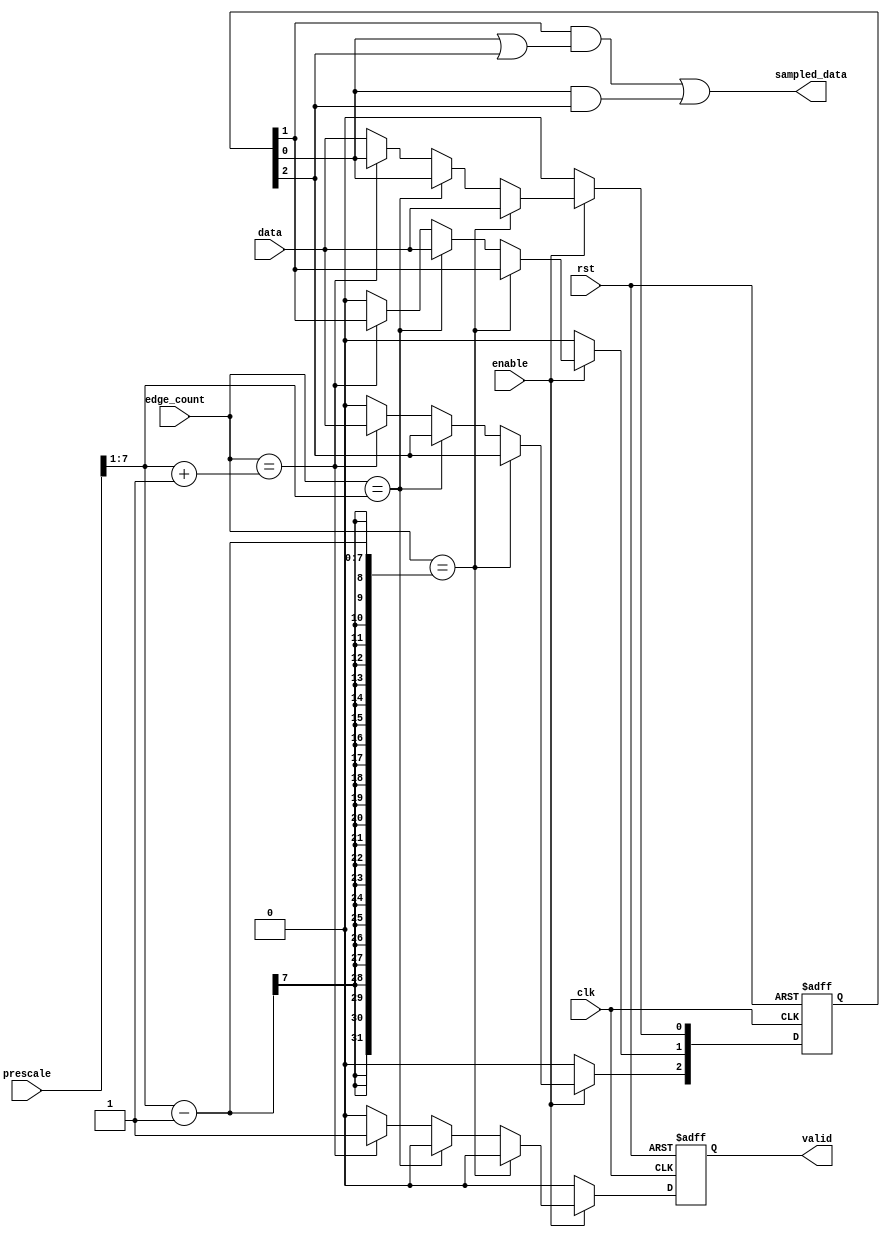
module data_sampling (
    input wire data,
    input wire enable,
    input wire [15:0] edge_count,
    input wire [7:0] prescale,
    input wire clk,
    input wire rst,
    output wire sampled_data,
    output reg valid
);
    reg [2:0] samples;
    wire [7:0] sample_rate;
    assign sample_rate = prescale>>1;
    always @(posedge clk or negedge rst) begin
        if(!rst)begin
            samples <=3'b000;
            valid = 0;
        end
        else if (enable) begin
            if(edge_count == sample_rate - 1)begin
                samples[0] <= data;
                valid = 0;
            end
            else if(edge_count == sample_rate)begin
                samples[1] <= data;
                valid = 0;
            end
            else if(edge_count == sample_rate + 1)begin
                samples[2] <= data;
                valid = 1;
            end
            else begin
                samples <= data;
                valid = 0;
            end
        end
        else begin
            samples <=3'b000;
            valid = 0;
        end
    end
    assign sampled_data = (samples[1] & (samples[0] | samples[2])) | (samples[0] & samples[2]);
endmodule